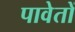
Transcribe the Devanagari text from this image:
पावेतों